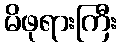
မိဖုရားကြီး